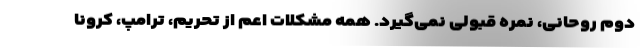
دوم روحانی، نمره قبولی نمی‌گیرد. همه مشکلات اعم از تحریم، ترامپ، کرونا